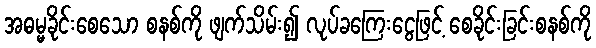
အဓမ္မခိုင်းစေသော စနစ်ကို ဖျက်သိမ်း၍ လုပ်ခကြေးငွေဖြင့် စေခိုင်းခြင်းစနစ်ကို